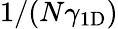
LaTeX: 1/(N\gamma_{\mathrm{1D}})